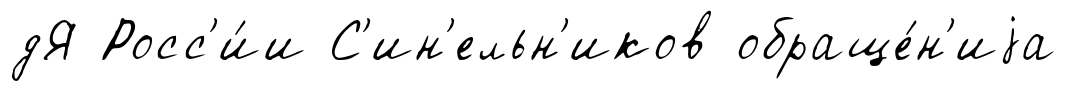
дЯ Росс'и́и С'ин'ельн'иков обраще́н'иjа